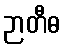
ဉာတီဓ